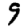
Digit: 9